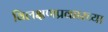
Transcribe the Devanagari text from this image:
विलक्षणप्रकारच्या